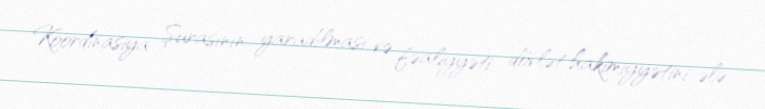
Koordinasiya Şurasının yaradılması və fəaliyyəti dövlət hakimiyyətini ələ